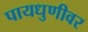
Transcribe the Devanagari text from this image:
पायधुणीवर